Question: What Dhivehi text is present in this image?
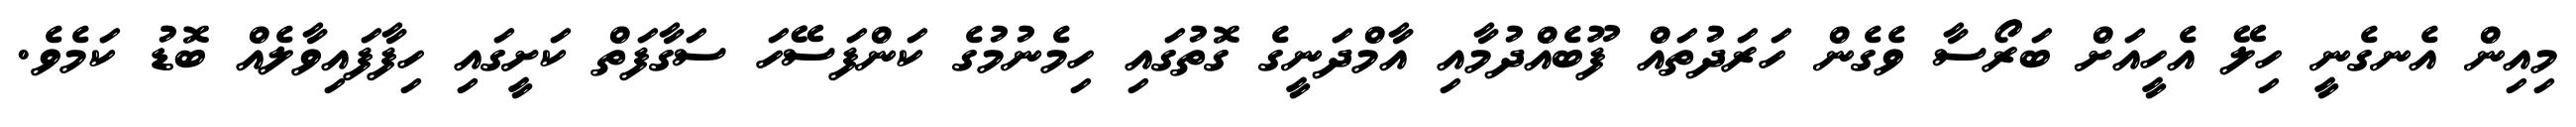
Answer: މިއިން އެނގެނީ ހިލޭ އެހީއަށް ބަރޯސާ ވެގެން ހަރަދުތައް ފޫބެއްދުމާއި އާމްދަނީގެ ގޮތުގައި ހިމެނުމުގެ ކަންފަސޭހަ ސަގާފަތް ކަށީގައި ހިފާފައިވާލެއް ބޮޑު ކަމެވެ.